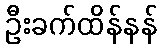
ဦးခက်ထိန်နန်